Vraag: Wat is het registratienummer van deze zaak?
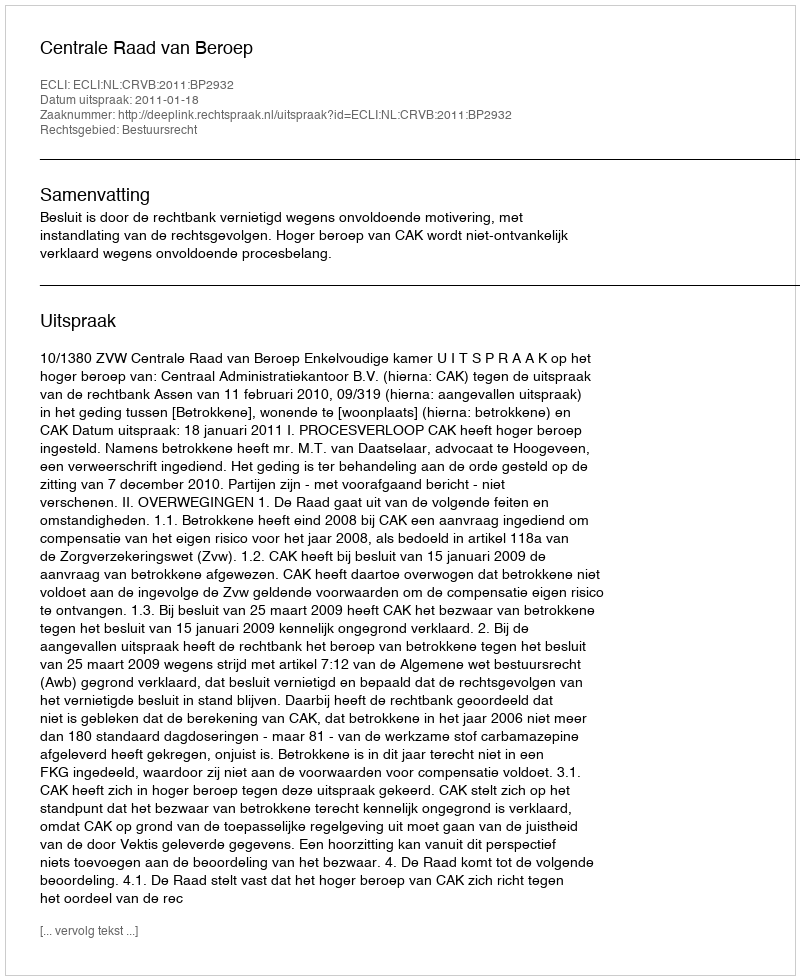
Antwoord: http://deeplink.rechtspraak.nl/uitspraak?id=ECLI:NL:CRVB:2011:BP2932